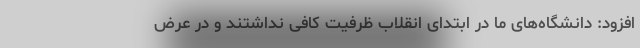
افزود: دانشگاه‌های ما در ابتدای انقلاب ظرفیت کافی نداشتند و در عرض